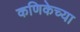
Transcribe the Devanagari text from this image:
कणिकेच्या